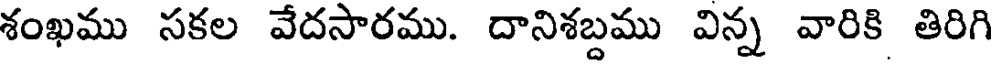
శంఖము సకల వేదసారము. దానిశబ్దము విన్న వారికి తిరిగి